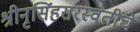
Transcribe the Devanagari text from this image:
श्रीनृसिंहसरस्वतींचे